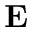
\mathbf { E }